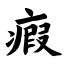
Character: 瘕